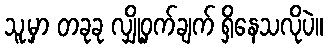
သူ့မှာ တခုခု လျှို့ဝှက်ချက် ရှိနေသလိုပဲ။